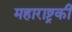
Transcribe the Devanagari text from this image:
महाराष्ट्रकी